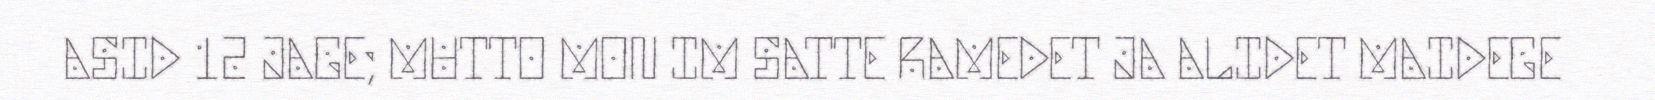
ASID 12 JAGE; MUTTO MON IM SATTE RAMEDET JA ALIDET MAIDEGE